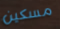
مسكين